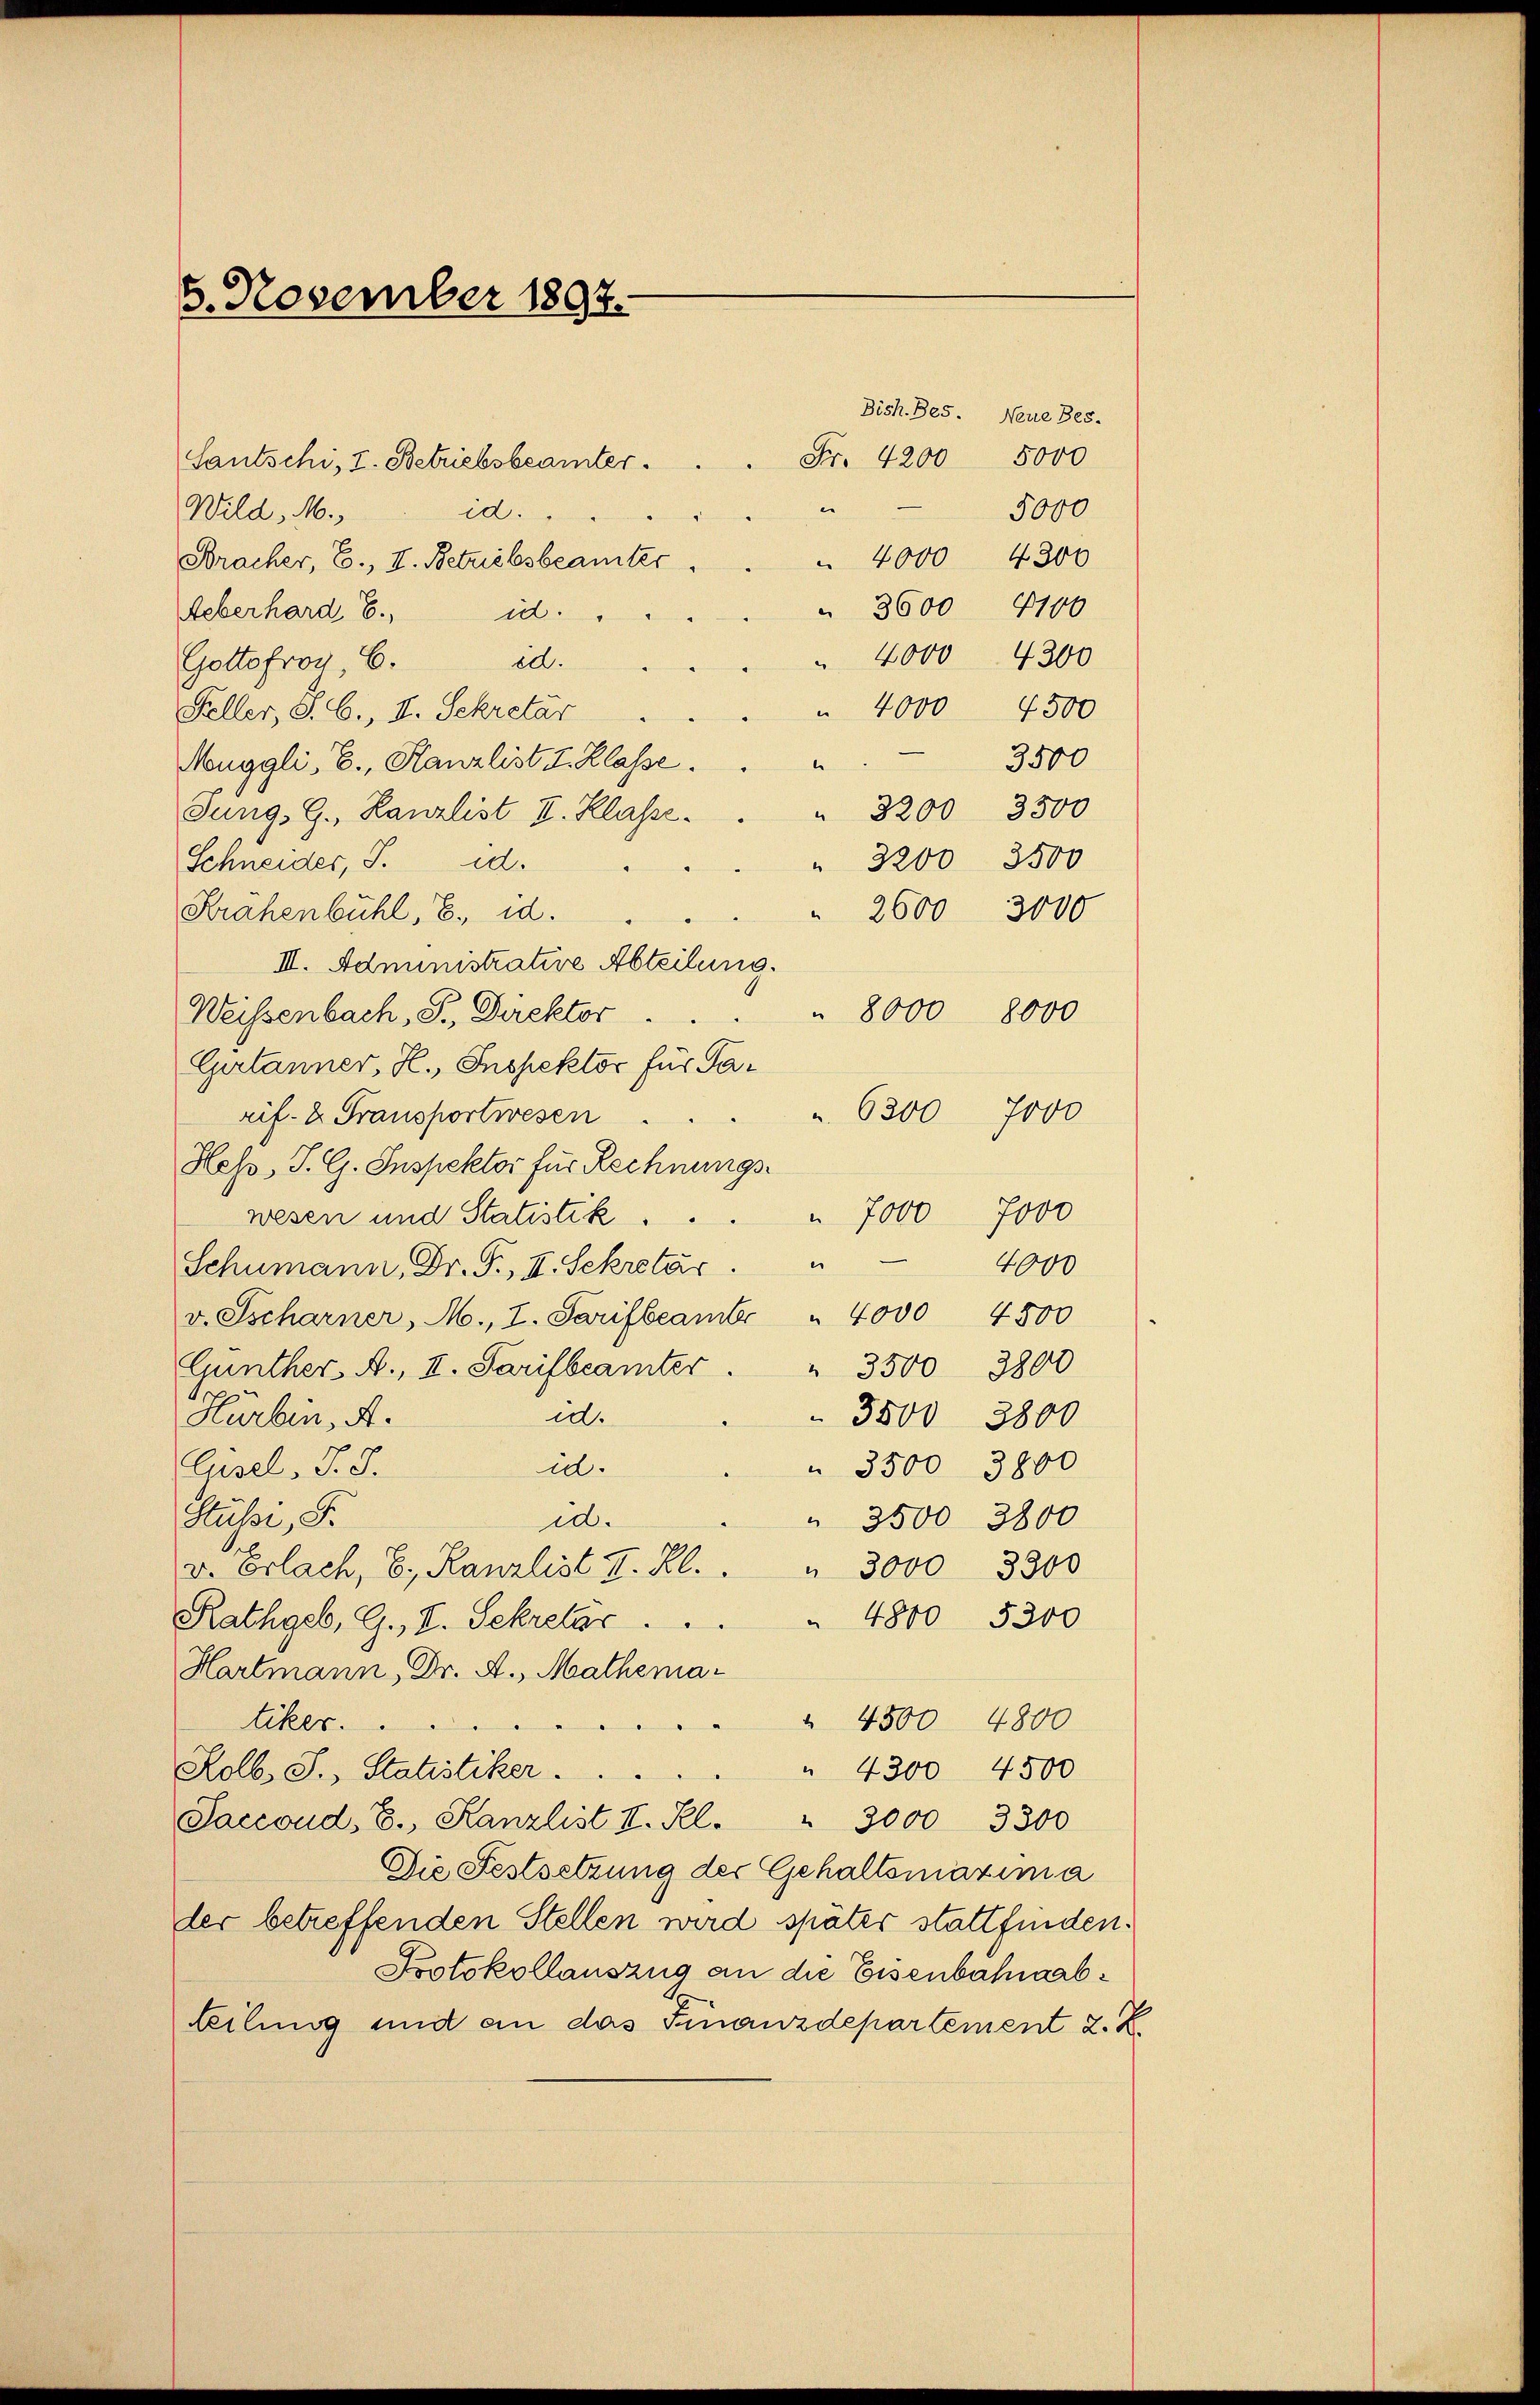
8. November 1897.

Sautschi, I. Betriebsbeamter.
e
id.
Wild, M.
Bracher, E., I. Betriebsbeamter
 3600 4100
Ueberhard E. id.
ed.
Gottfroy C.
Feller, S. 6., I. Sekretär
Muggli, E., Kanzlist I. Klasse.
e
Jung, G. Kanzlist II. Klasse.
Schneider, S. d.
Krähenbühl, 8. d.
II. Administrative Abteilung.
" 8000 8000
Weissenbach, S., Direktor.
Gulanner, H., Inspektor für Ta¬
6300 7000
rif- & Fransportwesen.
Hess, J. G. Inspektor für Rechnungs-
 7000 7000
wesen und Statistik.
e
4000
Schumann, Dr. T., II. Sekretär.
v. Tscharner, M., L. Sarifbeamte " 4000 4500
Gunther. A., II. Tarifbeamter . " 3500 3800
dd.
Hürbin, A.
3500 3800
id.
 3500 3800
Gesel. J. J.
Stüßi, S.
id.
 3500 3800
v. Erlach, E., Kanzlist II. Kl.
" 3000 3300
4800 5300
Rathgeb, G., V. Sekretär . ..
Hartmann, Dr. A., Mathema-
 4500 4800
tiker.
Rolb. S., Statistiker.
" 4300 4500
Saccoud, E., Kanzlist II. Kl. " 3000 3300
Die Festsetzung der Gehaltsmaxima
der betreffenden Stellen wird später stattfinden.
Protokollauszug an die Eisenbahnaabteilung und an das Finanzdepartement 2. X.

Fr. 4200 5000

Bish.Bes. Neue Bes.
5000
 4000 4300
 4000 4300
" 4000 4500
3500
 3200 3500
 3200 3500
 2600 3000